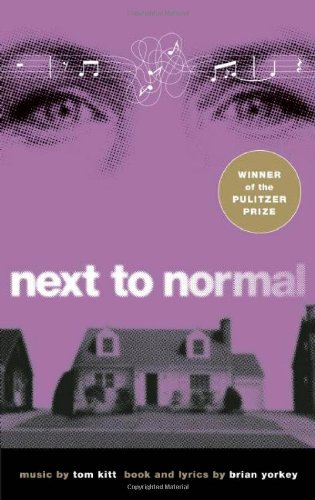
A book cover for Next to Normal; Brian Yorkey; Literature & Fiction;